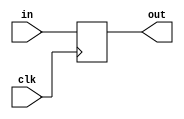
`timescale 1ns / 1ps
//////////////////////////////////////////////////////////////////////////////////
// Company: 
// Engineer: 
// 
// Design Name: 
// Module Name:    Reg_clk 
// Project Name: 
// Target Devices: 
// Tool versions: 
// Description: 
//
// Dependencies: 
//
// Revision: 
// Revision 0.01 - File Created
// Additional Comments: 
//
//////////////////////////////////////////////////////////////////////////////////
module Reg_clk(
    input clk,
	 input [31:0] in,
	 output reg [31:0] out
	 );
always@(posedge clk)
	begin
	out <= in;
	end
endmodule